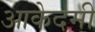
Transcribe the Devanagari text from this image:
आकेदमी